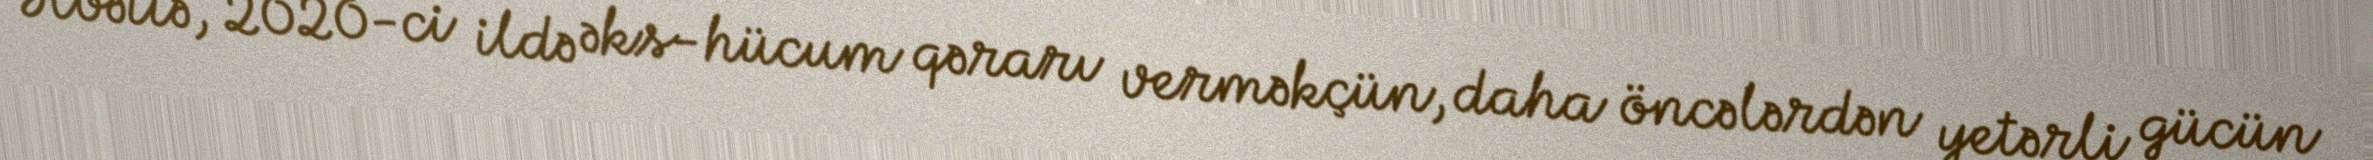
Əlbəttə, 2020-ci ildə əks-hücum qərarı verməkçün, daha öncələrdən yetərli gücün